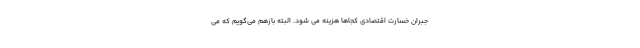
جبران خسارت اقتصادی کجاها هزینه می شود. البته بازهم می‌گویم که می